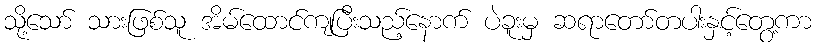
သို့သော် သားဖြစ်သူ အိမ်ထောင်ကျပြီးသည့်နောက် ပဲခူးမှ ဆရာတော်တပါးနှင့်တွေ့ကာ